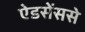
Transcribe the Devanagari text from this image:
ऐडसेंससे